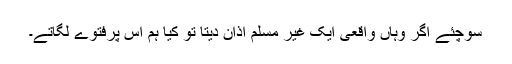
سوچئے اگر وہاں واقعی ایک غیر مسلم اذان دیتا تو کیا ہم اس پرفتوے لگاتے۔